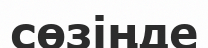
сөзіңде